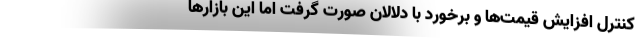
کنترل افزایش قیمت‌ها و برخورد با دلالان صورت گرفت اما این بازارها